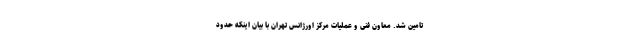
تامین شد. معاون فنی و عملیات مرکز اورژانس تهران با بیان اینکه حدود